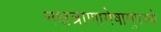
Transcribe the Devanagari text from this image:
नक्षत्राणामेषामुपस्थे